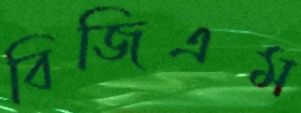
বিজিএম